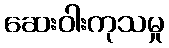
ဆေးဝါးကုသမှု